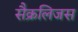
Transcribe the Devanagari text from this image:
सैक्रलिजस